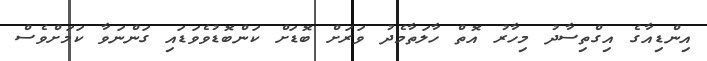
އިންޑިއާގެ އިގްތިސާދު މިހާރު އޮތް ހާލަތާމެދު ވަރަށް ބޮޑަށް ކަންބޮޑުވެވަޑައި ގަންނަވާ ކަމަށްވެސް